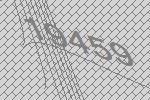
19459